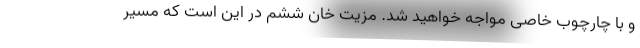
و با چارچوب خاصی مواجه خواهید شد. مزیت خان ششم در این است که مسیر